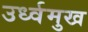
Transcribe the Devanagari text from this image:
उर्ध्वमुख